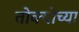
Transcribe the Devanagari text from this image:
तोक्योच्या